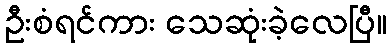
ဦးစံရင်ကား သေဆုံးခဲ့လေပြီ။